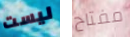
ليست مفتاح